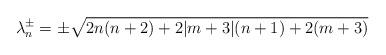
LaTeX: \begin{align*}\lambda_n^\pm=\pm \sqrt{2n(n+2)+2\vert m+3\vert(n+1)+2(m+3)}\end{align*}